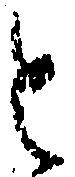
と